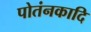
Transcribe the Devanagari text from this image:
पोतंनकादि